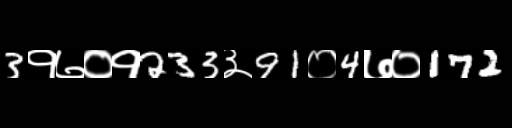
Text: 3१७०१233३91०4७०172